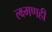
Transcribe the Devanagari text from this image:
ल्क्ष्मणही